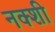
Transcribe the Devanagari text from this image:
नक्शी